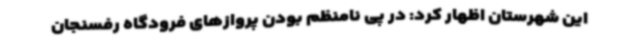
این شهرستان اظهار کرد: در پی نامنظم بودن پروازهای فرودگاه رفسنجان